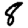
Digit: 8